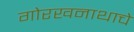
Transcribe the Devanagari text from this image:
गोरखनाथाचे